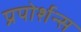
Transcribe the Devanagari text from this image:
प्रपोर्शन्स